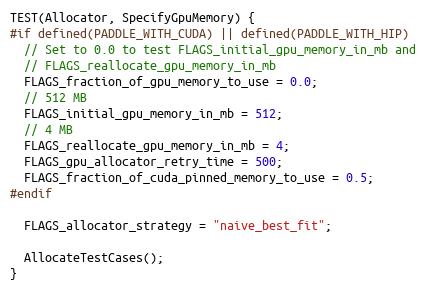
Language: C++
TEST(Allocator, SpecifyGpuMemory) {
#if defined(PADDLE_WITH_CUDA) || defined(PADDLE_WITH_HIP)
  // Set to 0.0 to test FLAGS_initial_gpu_memory_in_mb and
  // FLAGS_reallocate_gpu_memory_in_mb
  FLAGS_fraction_of_gpu_memory_to_use = 0.0;
  // 512 MB
  FLAGS_initial_gpu_memory_in_mb = 512;
  // 4 MB
  FLAGS_reallocate_gpu_memory_in_mb = 4;
  FLAGS_gpu_allocator_retry_time = 500;
  FLAGS_fraction_of_cuda_pinned_memory_to_use = 0.5;
#endif

  FLAGS_allocator_strategy = "naive_best_fit";

  AllocateTestCases();
}